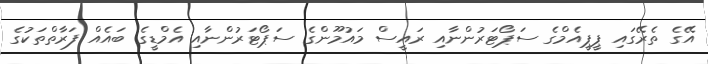
އޭގެ ތެރޭގައި ޕީޕީއެމްގެ ސަޕޯޓަރުންނާއި ރައީސް މައުމޫންގެ ސަޕޯޓަރުންނާއި އެމްޑީގެ ބައެއް ފަރާތްތަކުގެ